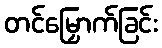
တင်မြှောက်ခြင်း